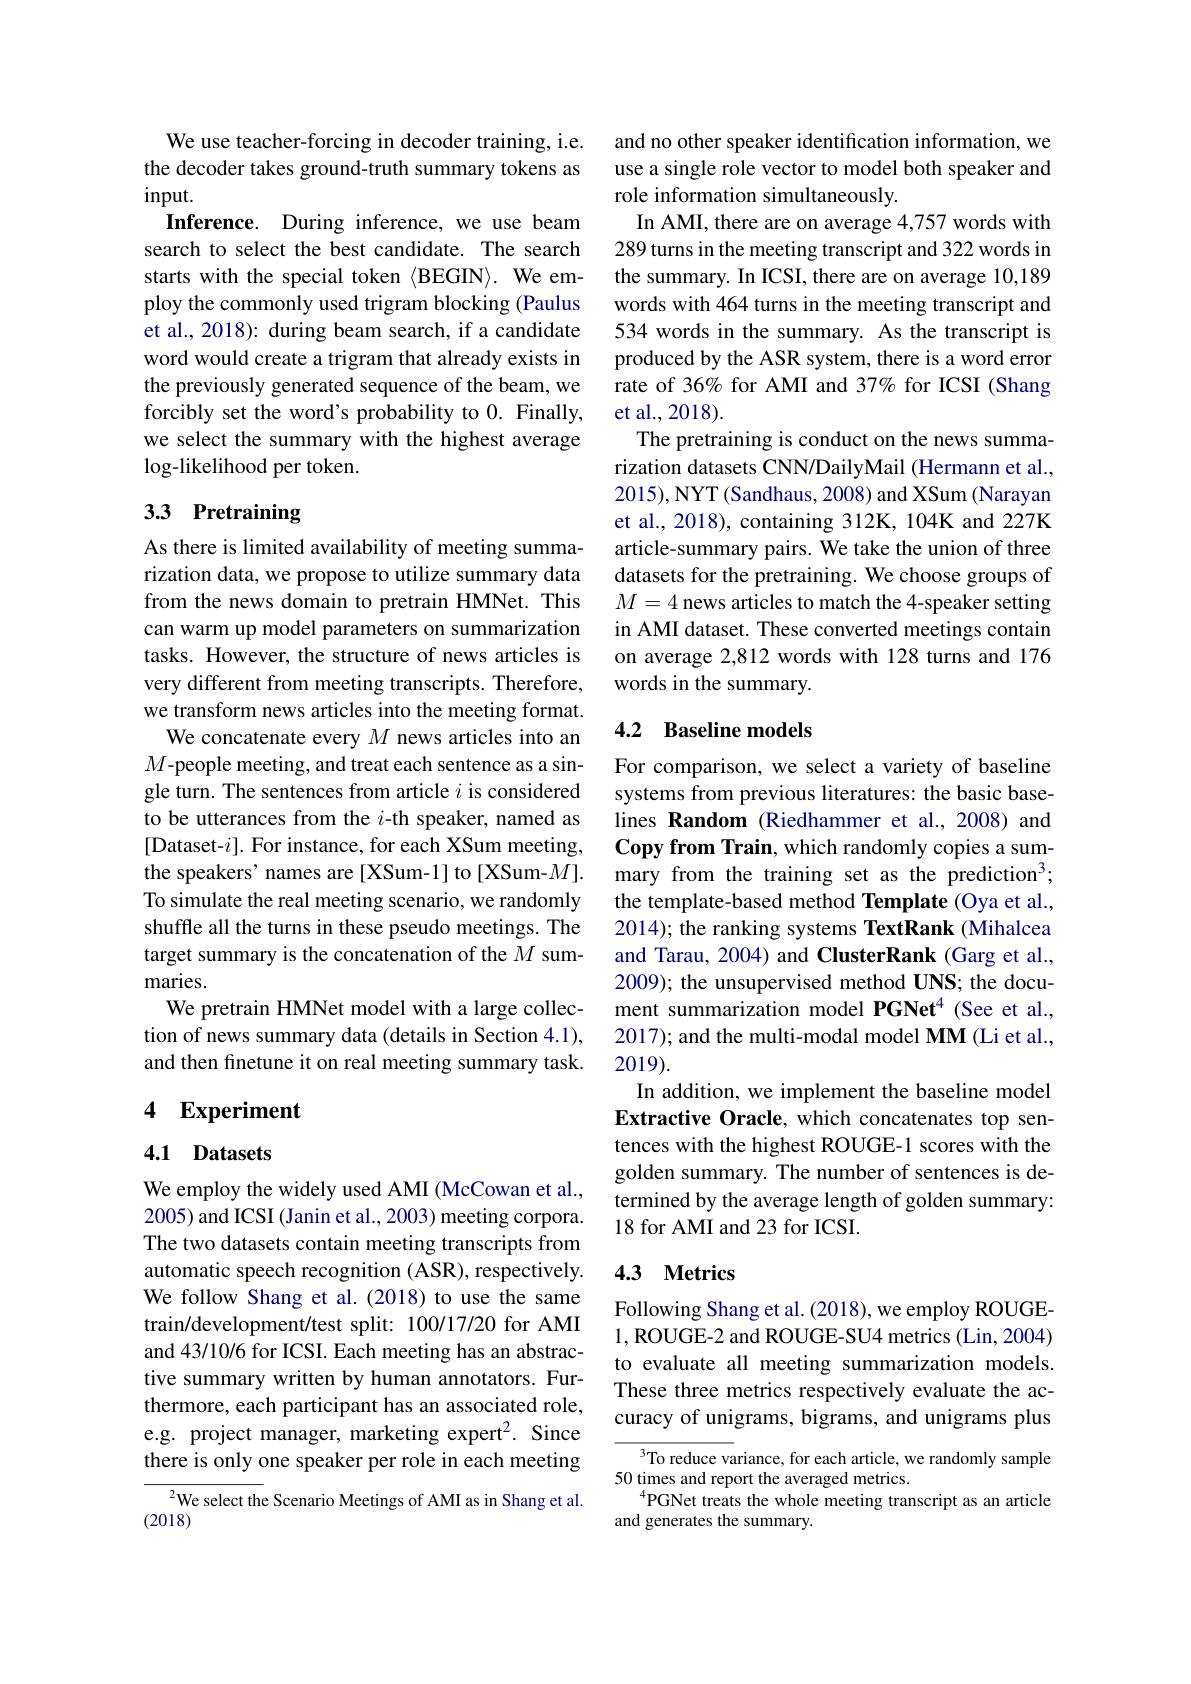
We use teacher-forcing in decoder training, i.e. the decoder takes ground-truth summary tokens as $input.$
Inference. During inference, we use beam search to select the best candidate. The search starts with the special token $\langle$BEGIN$\rangle.$ We employ the commonly used trigram blocking (Paulus et al., 2018): during beam search, if a candidate word would create a trigram that already exists in the previously generated sequence of the beam, we forcibly set the word's probability to 0. Finally, we select the summary with the highest average $\log$-likelihood per token.

# 33 Pretraining

As there is limited availability of meeting summarization data, we propose to utilize summary data from the news domain to pretrain HMNet. This can warm up model parameters on summarization tasks. However, the structure of news articles is very different from meeting transcripts. Therefore, we transform news articles into the meeting format. We concatenate every $M$ news articles into an
$M$-people meeting, and treat each sentence as a single turn. The sentences from article $i$ is considered to be utterances from the $i$-th speaker, named as [Dataset-$i].$ For instance, for each XSum meeting, the speakers' names are [XSum-1] to [XSum-$M].$ To simulate the real meeting scenario, we randomly shuffle all the turns in these pseudo meetings. The target summary is the concatenation of the $M$ summaries.
We pretrain HMNet model with a large collection of news summary data(details in Section 4.1), and then finetune it on real meeting summary task.

## 4 Experiment

### 4.1 Datasets

We employ the widely used AMI (McCowan et al., 2005) and ICSI (Janin et al., 2003) meeting corpora. The two datasets contain meeting transcripts from automatic speech recognition (ASR), respectively. We follow Shang et al.(2018) to use the same train/development/test split: 100/17/20 for AMI and 43/10/6 for ICSI. Each meeting has an abstractive summary written by human annotators. Furthermore, each participant has an associated role, e.g. project manager, marketing expert$^2.$ Since there is only one speaker per role in each meeting

$^{2}$We select the Scenario Meetings of AMI as in Shang et al.
(2018)

and no other speaker identification information, we use a single role vector to model both speaker and role information simultaneously.
In AMI, there are on average 4,757 words with 289 turns in the meeting transcript and 322 words in the summary. In ICSI, there are on average 10,189 words with 464 turns in the meeting transcript and 534 words in the summary. As the transcript is produced by the ASR system, there is a word error rate of 36% for AMI and 37% for ICSI (Shang et al., 2018).
The pretraining is conduct on the news summarization datasets CNN/DailyMail (Hermann et al., 2015), NYT (Sandhaus, 2008) and XSum (Narayan et al., 2018), containing 312K, 104K and 227K article-summary pairs. We take the union of three datasets for the pretraining. We choose groups of $M=4$ news articles to match the 4-speaker setting in AMI dataset. These converted meetings contain on average 2,812 words with 128 turns and 176 words in the summary.

## 4.2 Baseline models

For comparison, we select a variety of baseline systems from previous literatures: the basic baselines Random (Riedhammer et al.,2008) and Copy from Train, which randomly copies a summary from the training set as the prediction$^3;$ the template-based method Template (Oya et al., 2014); the ranking systems TextRank (Mihalcea and Tarau, 2004) and ClusterRank (Garg et al., 2009); the unsupervised method UNS; the document summarization model PGNet$^{4}$ (See et al., 2017); and the multi-modal model MM (Li et al., 2019).
In addition, we implement the baseline model Extractive Oracle, which concatenates top sentences with the highest ROUGE-1 scores with the golden summary. The number of sentences is determined by the average length of golden summary: 18 for AMI and 23 for ICSI.

### 4.3 Metrics

Following Shang et al. (2018), we employ ROUGE- 1, ROUGE-2 and ROUGE-SU4 metrics (Lin, 2004) to evaluate all meeting summarization models. These three metrics respectively evaluate the accuracy of unigrams, bigrams, and unigrams plus

To reduce variance, for each article, we randomly sample
50 times and report the averaged metrics.
$^{4}$PGNet treats the whole meeting transcript as an article
and generates the summary.